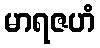
မာရဇဟံ